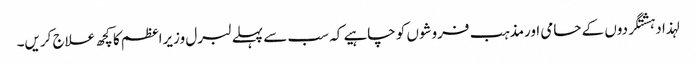
لہذا دہشتگردوں کے حامی اورمذہب فروشوں کو چاہیے کہ سب سے پہلے لبرل وزیراعظم کا کچھ علاج کریں۔